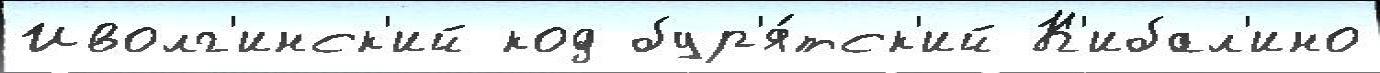
Иволг'инск'ий код бур'я́тск'ий К'ибал'ино